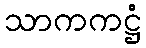
သာကကဋ္ဌံ